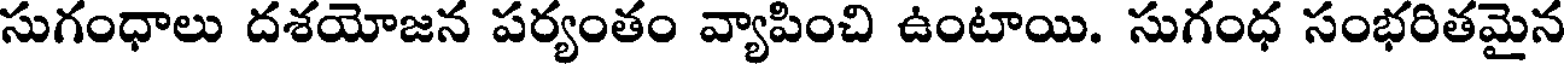
సుగంధాలు దశయోజన పర్యంతం వ్యాపించి ఉంటాయి. సుగంధ సంభరితమైన